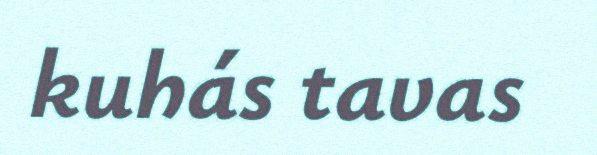
kuhás tavas